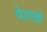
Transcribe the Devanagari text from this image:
पेशलो